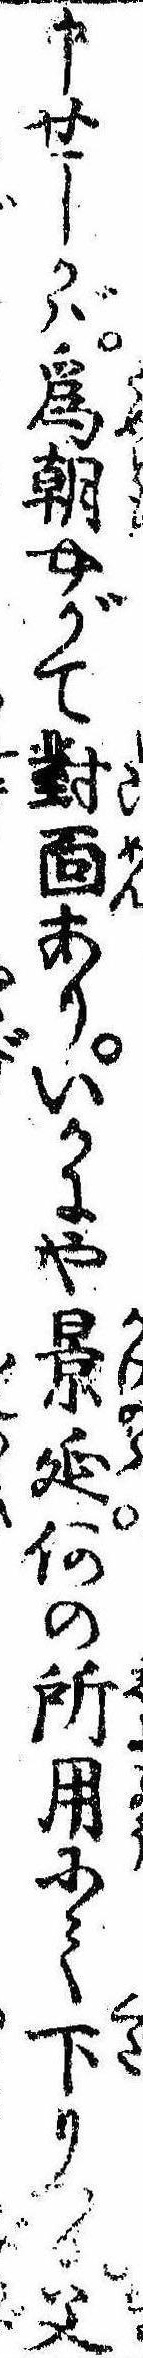
申せしかば為朝やがて対面ありいかにや景延何の所用にて下りつる父